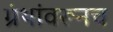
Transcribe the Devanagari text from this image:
ग्रंथांवरूनच